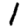
Digit: 1